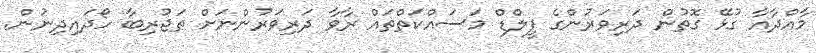
މާއްދާއާ ގުޅޭ ގޮތުން ދަރިވަރުންގެ ފީލްޑް މަސައްކަތްތައް ރާވާ ދަރިވަރުންނަށް ތަޖުރިބާ ހޯދައިދިނުން.